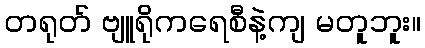
တရုတ် ဗျူရိုကရေစီနဲ့ကျ မတူဘူး။